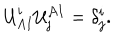
{ \cal U } _ { A I } ^ { i } { \cal U } _ { j } ^ { A I } = \delta _ { j } ^ { i } .